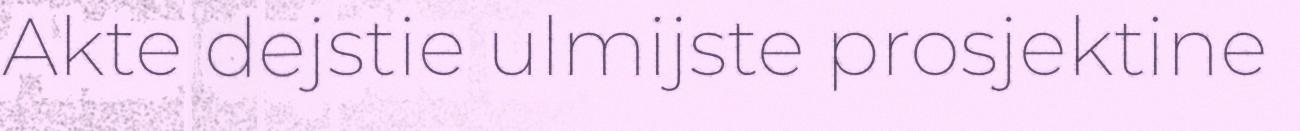
Akte dejstie ulmijste prosjektine